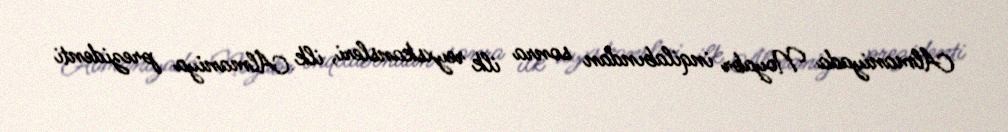
Almaniyada Noyabr inqilabından sonra ilk reyxskansleri, ilk Almaniya prezidenti